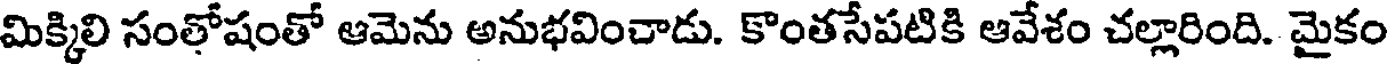
మిక్కిలి సంతోషంతో ఆమెను అనుభవించాడు. కొంతసేపటికి ఆవేశం చల్లారింది. మైకం